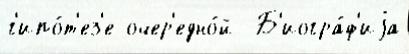
г'ипо́т'ез'е очер'едно́й  Б'иогра́ф'иjа